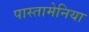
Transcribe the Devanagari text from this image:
पास्तामेनिया